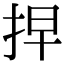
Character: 𢫵